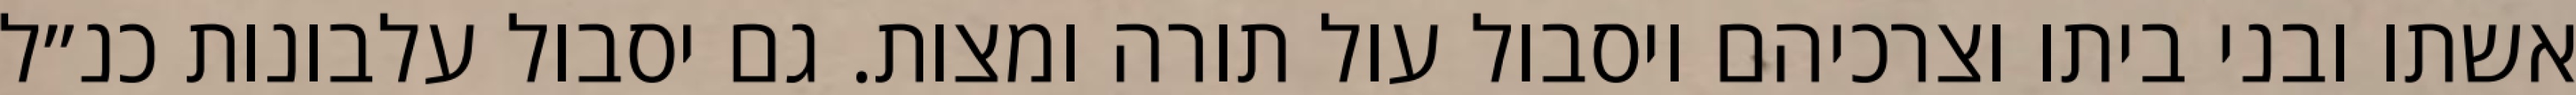
אשתו ובני ביתו וצרכיהם ויסבול עול תורה ומצות. גם יסבול עלבונות כנ״ל